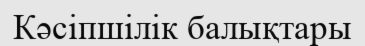
Кәсіпшілік балықтары